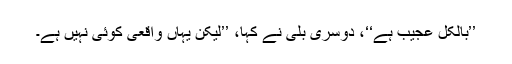
’’بالکل عجیب ہے‘‘، دوسری بلّی نے کہا، ’’لیکن یہاں واقعی کوئی نہیں ہے۔